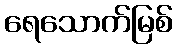
ရေသောက်မြစ်